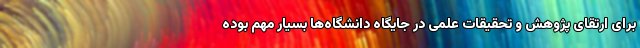
برای ارتقای پژوهش و تحقیقات علمی در جایگاه دانشگاه‌ها بسیار مهم بوده